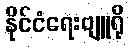
နိုင်ငံရေးဗျူရို